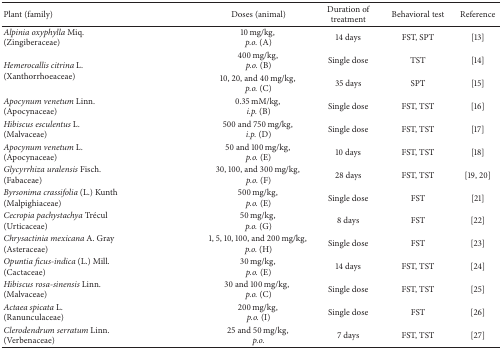
| Plant (family) | Doses (animal) | Duration of treatment | Behavioral test | Reference |
 | --- | --- | --- | --- | --- |
 | Alpinia oxyphylla Miq. (Zingiberaceae) | 10 mg/kg, p.o. (A) | 14 days | FST, SPT | [13] |
 | <ROWSPAN=2> Hemerocallis citrina L. (Xanthorrhoeaceae) | 400 mg/kg, p.o. (B) | Single dose | TST | [14] |
 | 10, 20, and 40 mg/kg, p.o. (C) | 35 days | SPT | [15] |
 | Apocynum venetum Linn. (Apocynaceae) | 0.35 mM/kg, i.p. (B) | Single dose | FST, TST | [16] |
 | Hibiscus esculentus L. (Malvaceae) | 500 and 750 mg/kg, i.p. (D) | Single dose | FST, TST | [17] |
 | Apocynum venetum L. (Apocynaceae) | 50 and 100 mg/kg, p.o. (E) | 10 days | FST, TST | [18] |
 | Glycyrrhiza uralensis Fisch. (Fabaceae) | 30, 100, and 300 mg/kg, p.o. (F) | 28 days | FST, TST | [19, 20] |
 | Byrsonima crassifolia (L.) Kunth (Malpighiaceae) | 500 mg/kg, p.o. (E) | Single dose | FST | [21] |
 | Cecropia pachystachya Trécul(Urticaceae) | 50 mg/kg, p.o. (G) | 8 days | FST | [22] |
 | Chrysactinia mexicana A. Gray (Asteraceae) | 1, 5, 10, 100, and 200 mg/kg, p.o. (H) | Single dose | FST | [23] |
 | Opuntia ficus-indica (L.) Mill. (Cactaceae) | 30 mg/kg, p.o. (E) | 14 days | FST, TST | [24] |
 | Hibiscus rosa-sinensis Linn. (Malvaceae) | 30 and 100 mg/kg,p.o. (C) | Single dose | FST, TST | [25] |
 | Actaea spicata L. (Ranunculaceae) | 200 mg/kg, p.o. (I) | Single dose | FST | [26] |
 | Clerodendrum serratum Linn. (Verbenaceae) | 25 and 50 mg/kg, p.o. | 7 days | FST, TST | [27] |